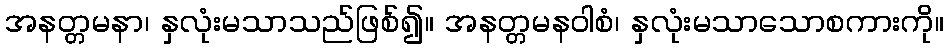
အနတ္တမနာ၊ နှလုံးမသာသည်ဖြစ်၍။ အနတ္တမနဝါစံ၊ နှလုံးမသာသောစကားကို။